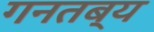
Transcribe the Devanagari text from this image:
गनतब्य